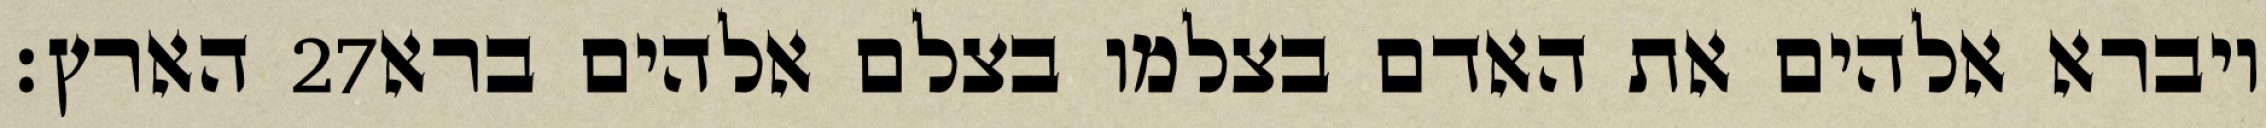
הארץ׃ ‎27‏ ויברא אלהים את האדם בצלמו בצלם אלהים ברא